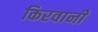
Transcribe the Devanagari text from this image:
किरवानी